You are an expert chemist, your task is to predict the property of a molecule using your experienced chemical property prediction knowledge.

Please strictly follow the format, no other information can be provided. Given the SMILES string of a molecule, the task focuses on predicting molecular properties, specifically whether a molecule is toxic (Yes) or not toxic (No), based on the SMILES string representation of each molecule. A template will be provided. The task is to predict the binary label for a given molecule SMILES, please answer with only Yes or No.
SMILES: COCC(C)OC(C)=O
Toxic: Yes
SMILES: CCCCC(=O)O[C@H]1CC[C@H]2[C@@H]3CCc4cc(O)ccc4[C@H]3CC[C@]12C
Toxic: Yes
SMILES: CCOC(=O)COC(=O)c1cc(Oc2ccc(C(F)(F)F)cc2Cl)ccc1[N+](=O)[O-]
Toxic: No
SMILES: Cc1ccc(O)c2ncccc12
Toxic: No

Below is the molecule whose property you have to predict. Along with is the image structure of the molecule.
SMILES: CC(=O)OCC[N+](C)(C)C
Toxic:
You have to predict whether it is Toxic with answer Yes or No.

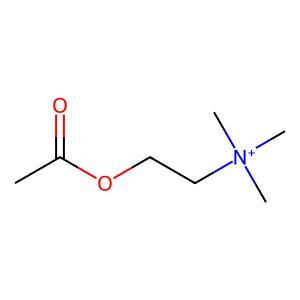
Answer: No